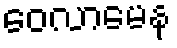
ဝေလာမေန